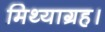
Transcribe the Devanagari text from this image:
मिथ्याग्रह।